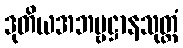
ဒုတိယအဘဗ္ဗဋ္ဌာနသုတ္တံ